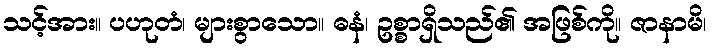
သင့်အား။ ပဟုတံ၊ များစွာသော။ ဓနံ၊ ဥစ္စာရှိသည်၏ အဖြစ်ကို။ ဇာနာမိ၊